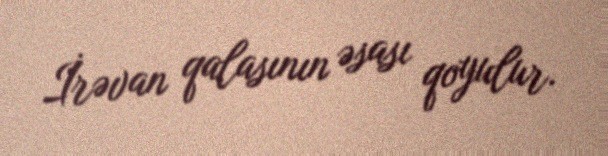
İrəvan qalasının əsası qoyulur.